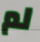
لم